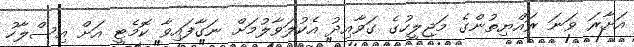
އަށާރަ ވަނަ ރައްޔިތުންގެ މަޖިލީހުގެ ގަވާއިދު އެކުލަވާލުމަށް ނަގާފައިވާ ކޮމެޓީ އަށް އިސްލާހު